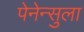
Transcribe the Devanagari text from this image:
पेनेन्सुला